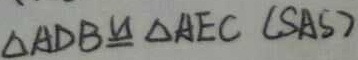
\Delta A D B \cong \Delta A E C ( S A S )